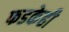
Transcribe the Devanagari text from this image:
फडकेही